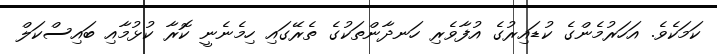
ކަމަކެވެ. އަހަރުމެންގެ ކުޑައިރުގެ އުފާވެރި ހަނދާންތަކުގެ ތެރޭގައި ހިމެނެނީ ކޮރާ ކުޅުމާއި ބައިސްކަލް